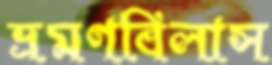
ভ্রমণবিলাস